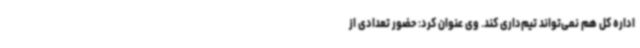
اداره کل هم نمی‌تواند تیم‌داری کند. وی عنوان کرد: حضور تعدادی از